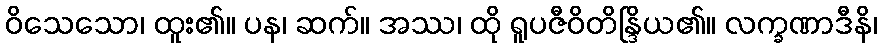
ဝိသေသော၊ ထူး၏။ ပန၊ ဆက်။ အဿ၊ ထို ရူပဇီဝိတိန္ဒြိယ၏။ လက္ခဏာဒီနိ၊